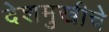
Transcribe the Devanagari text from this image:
देशमुखीचे